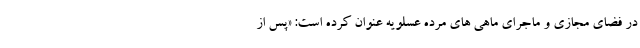
در فضای مجازی و ماجرای ماهی های مرده عسلویه عنوان کرده است: «پس از